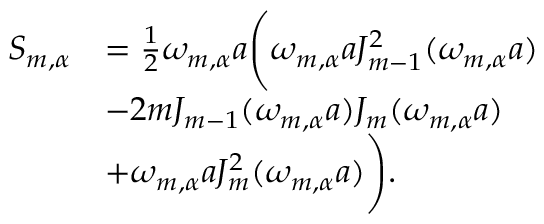
\begin{array} { r l } { S _ { m , \alpha } } & { = \frac { 1 } { 2 } \omega _ { m , \alpha } a \Bigg ( \omega _ { m , \alpha } a J _ { m - 1 } ^ { 2 } ( \omega _ { m , \alpha } a ) } \\ & { - 2 m J _ { m - 1 } ( \omega _ { m , \alpha } a ) J _ { m } ( \omega _ { m , \alpha } a ) } \\ & { + \omega _ { m , \alpha } a J _ { m } ^ { 2 } ( \omega _ { m , \alpha } a ) \Bigg ) . } \end{array}